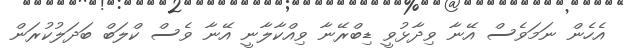
އެހެން ނަމަވެސް އޭނާ ވިދާޅުވީ ޑިބްރޭނާ ވިއްކާލާނީ އޭނާ ވެސް ކްލަބް ބަދަލުކުރަން